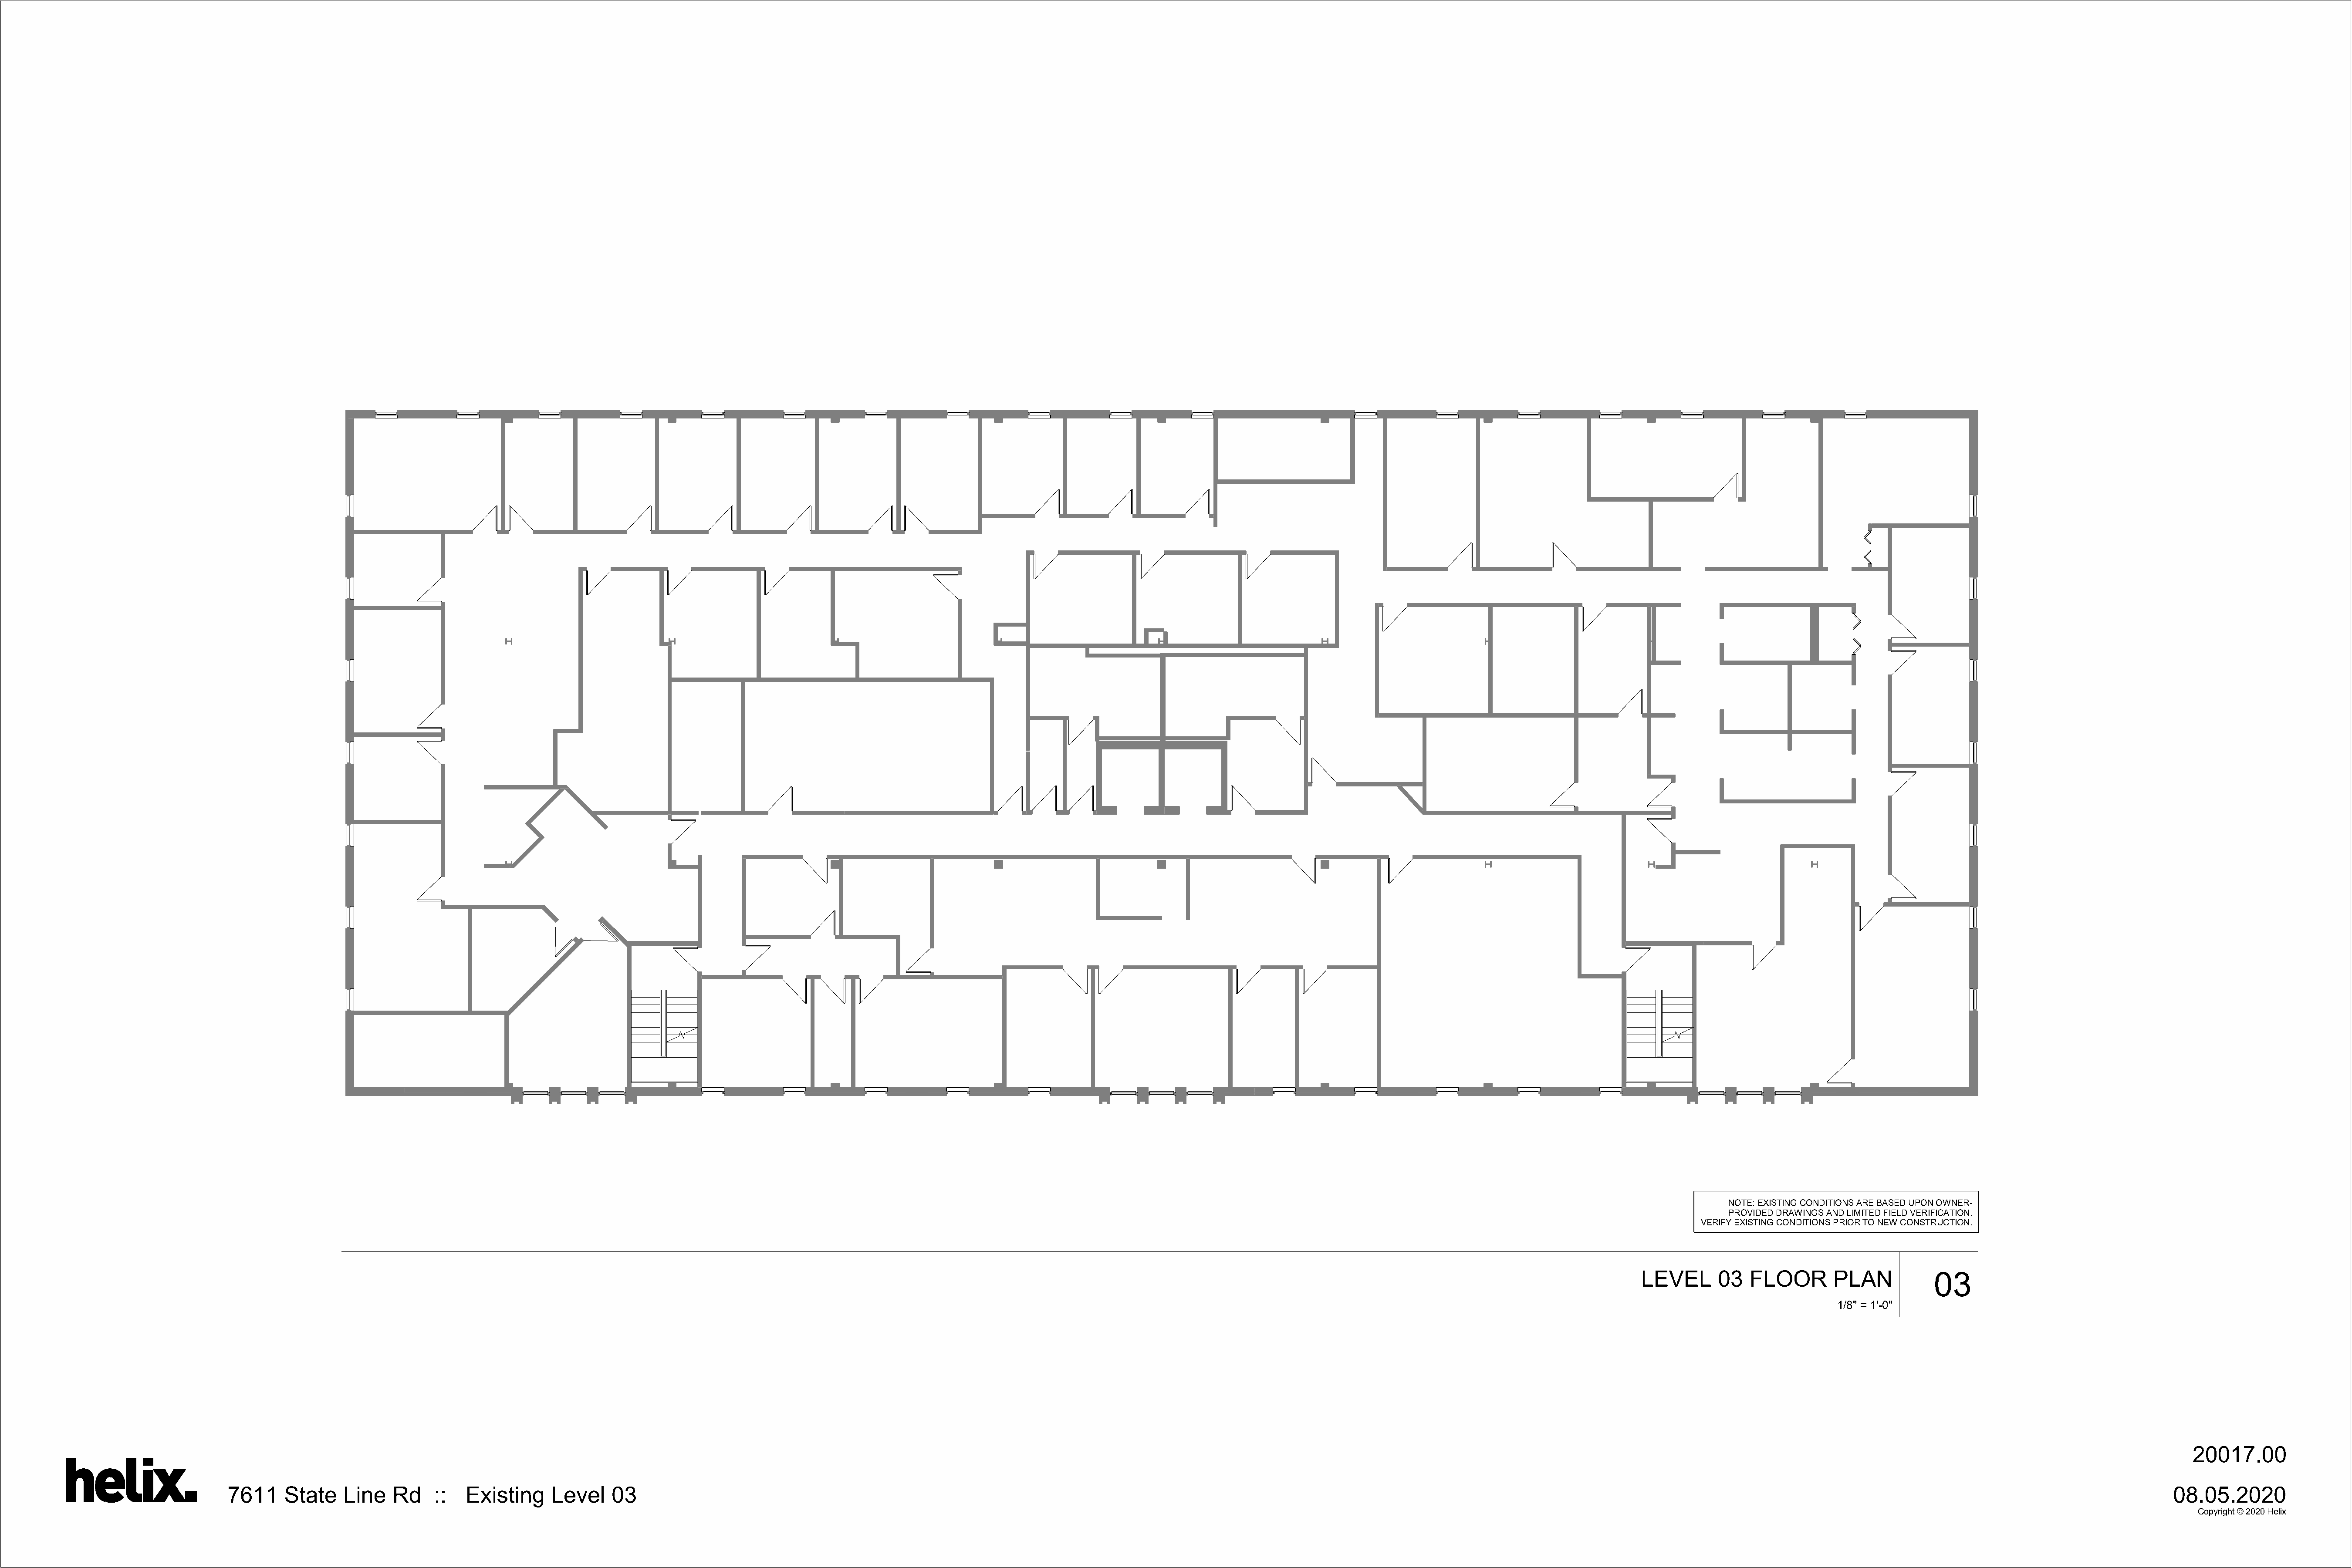
NOTE: EXISTING CONDITIONS ARE BASED UPON OWNER-
 PROVIDED DRAWINGS AND LIMITED FIELD VERIFICATION.
 VERIFY EXISTING CONDITIONS PRIOR TO NEW CONSTRUCTION.
 LEVEL       03   FLOOR        PLAN           03
 1/8" = 1'-0"
 20017.00
 7611    State    Line    Rd    ::   Existing     Level    03                                                                                                                                                                                                                                           08.05.2020
 Copyright © 2020 Helix